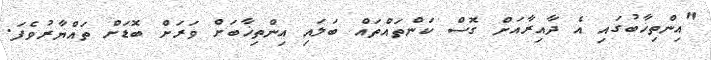
"އިންތިޚާބުގައި އެ ދާއިރާއަށް ގޮސް ކަންތައްތައް ބަލައި އިންތިޚާބަށް ވަރަށް ބޮޑަށް ތައްޔާރުވެފަ.